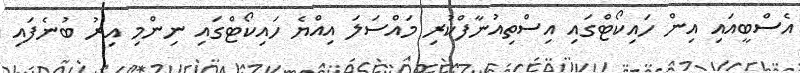
އެސްބީއައި އިން ހައިކޯޓްގައި އިސްތިއުނާފްކުރި މައްސަލަ އިއްޔެ ހައިކޯޓްގައި ނިންމި އިރު ބުނެފައި